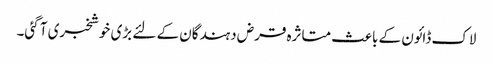
لاک ڈائون کے باعث متاثرہ قرض دہندگان کے لئے بڑی خوشخبری آ گئی۔